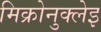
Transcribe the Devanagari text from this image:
मिक्रोनुक्लेइ